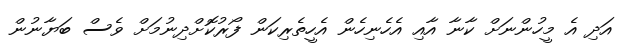
އަދި އެ މީހުންނަށް ކާނާ އާއި އެހެނިހެން އެހީތެރިކަން ފޯރުކޮށްދިނުމަށް ވެސް ބަޔާނުން